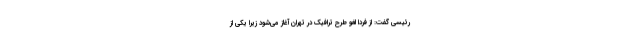
رئیسی گفت: از فردا لغو طرح ترافیک در تهران آغاز می‌شود زیرا یکی از